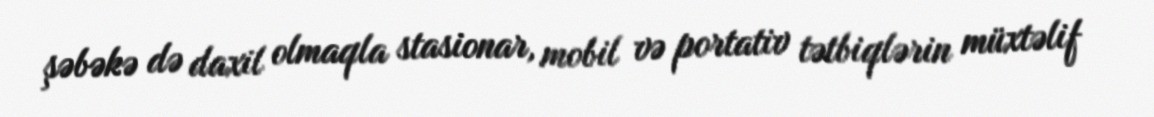
şəbəkə də daxil olmaqla stasionar, mobil və portativ tətbiqlərin müxtəlif